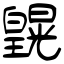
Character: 皩